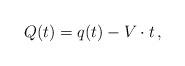
LaTeX: \begin{align*} Q(t) = q(t) - V \cdot t \, ,\end{align*}